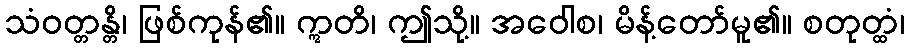
သံဝတ္တန္တိ၊ ဖြစ်ကုန်၏။ ဣတိ၊ ဤသို့။ အဝေါစ၊ မိန့်တော်မူ၏။ စတုတ္ထံ၊